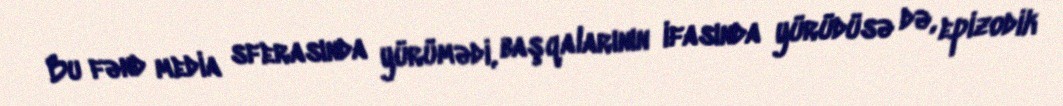
Bu fənd media sferasında yürümədi, başqalarının ifasında yürüdüsə də, epizodik